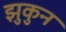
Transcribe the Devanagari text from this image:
झुकुन